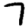
Digit: 7